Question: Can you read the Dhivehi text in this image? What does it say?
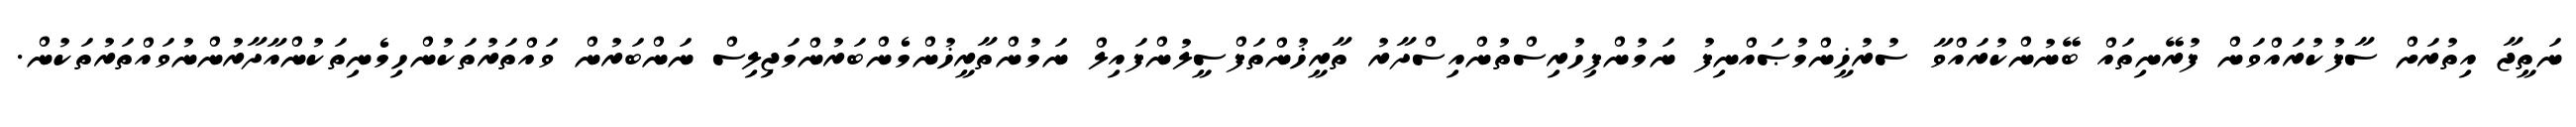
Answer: ނަތީޖާ އިތުރަށް ސާފުކުރައްވަން ފުރޭނިތައް ބޭނުންކުރައްވާ ސުރުޚީންމުޞައްނިފު ނަމުންފިހުރިސްތުންއިސްދާރު ތާރީޚުންތަފްސީލުންފައިލް ނަމުންތާރީޚުންމެންބަރުންމަޖިލިސް ނަންބަރުން ވައްތަރުތަކުންހިމެނިތަކުންއާދާރުންނުވައްތަރުތަކުން.